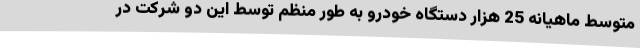
متوسط ماهیانه 25 هزار دستگاه خودرو به طور منظم توسط این دو شرکت در